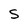
Character: S